Lunatic asylums Bombay report 1878-1890 - 1878-1890
Year: 1878
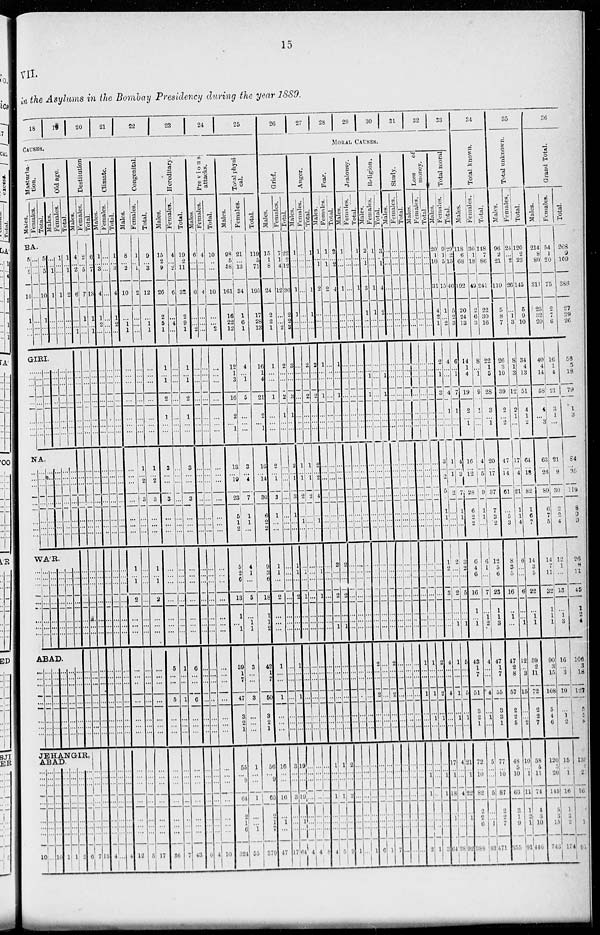
15
VII.
in the Asylums in the Bombay Presidency during the year 1889.
18 19
20
21
22
23
24
25
CAUSES.
Masterba-
tion.
Males.
Females.
Total.
Old age.
Males.
Females.
Total.
BA.
5
... 5
10
1
...
...
...
...
...
...
...
...
...
5
... 5
10
1
...
...
...
... 1
1
...
...
...
1
...
...
1
...
...
...
1
... 1
2
...
...
...
GIRI.
...
...
...
...
...
...
...
...
...
...
...
...
...
...
...
...
...
...
...
...
...
...
...
...
...
...
...
...
...
...
...
...
...
...
...
...
...
...
...
...
...
...
NA.
...
... ...
...
...
...
...
...
... ...
...
...
...
...
...
... ...
...
...
...
...
...
... ...
...
...
...
...
...
... ...
...
...
...
...
...
... ...
...
...
...
...
WA'R.
...
...
...
...
...
...
...
...
...
...
...
...
...
...
...
...
...
...
...
...
...
...
...
...
...
...
...
...
...
...
...
...
...
...
...
...
...
...
...
...
...
...
ABAD.
...
...
...
...
...
...
...
...
...
...
...
...
...
...
...
...
...
...
...
...
...
...
...
...
...
...
...
...
...
...
...
...
...
...
...
...
...
...
...
...
...
...
Destitution.
Males.
4
... 2
6
...
... 1
...
...
...
...
...
...
...
...
... ...
...
...
...
...
...
...
...
...
...
...
...
...
...
...
...
...
...
...
JEHANGIR
ABAD. ...
...
...
...
...
...
...
10
...
...
...
...
...
...
...
...
...
...
...
...
...
...
...
10
...
...
...
...
...
...
...
1
...
...
...
...
...
...
...
1
...
...
...
...
...
...
...
2
...
... ...
...
...
...
...
6
Females.
2
...
5
7
1
...
...
...
...
...
...
...
...
...
...
... ...
...
...
...
...
...
...
...
...
...
...
...
...
...
...
...
...
...
...
...
...
...
...
...
...
...
7
Total.
6
...
7
13
1
... 1
...
...
...
...
...
...
...
...
... ...
...
...
...
...
...
...
...
...
...
...
...
...
...
...
...
...
...
...
...
...
...
...
...
...
...
13
Climate.
Males.
1
...
3
4
1
2
...
...
...
...
...
...
...
...
...
... ...
...
...
...
...
...
...
...
...
...
... ...
...
...
...
...
...
...
...
...
...
...
...
...
...
...
4
Females.
...
...
...
...
...
...
...
...
...
...
...
...
...
...
...
... ...
...
...
...
...
...
...
...
...
...
...
...
...
...
...
...
...
...
...
...
...
...
...
...
...
...
...
Total.
1
... 3
4
1
2
...
...
...
...
...
...
...
...
...
... ...
...
...
...
...
...
...
...
...
...
...
...
...
...
...
...
...
...
...
...
...
...
...
...
...
...
4
Congenital.
Males.
8
... 2
10
...
1
1
...
...
...
...
...
...
...
...
...
...
...
...
...
...
1
...
1
2
...
...
...
...
...
...
...
...
...
...
...
...
...
...
...
...
...
12
Females.
1
... 1
2
...
...
...
...
...
...
...
...
...
...
1
... 2
3
...
...
...
...
...
...
...
...
...
...
...
...
...
...
...
...
...
...
...
...
...
...
...
...
5
Total.
9
... 3
12
...
1
1
...
...
...
...
...
...
...
1
... 2
3
...
...
...
1
...
1
2
...
...
...
...
...
...
...
...
...
...
...
...
...
...
...
...
...
17
Hereditary.
Males.
15
2
9
26
2
5
1
1
...
1
2
1
...
...
3
...
...
3
...
...
...
...
...
...
...
...
...
...
5
...
...
5
...
...
...
...
...
...
...
...
...
...
36
Females.
4
... 2
6
...
4
...
...
...
...
...
...
...
...
...
...
...
...
...
...
...
...
...
...
...
...
...
...
1
...
...
1
...
...
...
...
...
...
...
...
...
...
7
Total.
19
2
11
32
2
9
1
1
...
1
2
1
...
...
3
...
...
3
...
...
...
...
...
...
...
...
...
...
6
...
...
6
...
...
...
...
...
...
...
...
...
...
43
Previous
attacks.
Males.
6
...
...
6
...
...
2
...
...
...
...
...
...
...
...
...
...
...
...
...
...
...
...
...
...
...
...
...
...
...
...
...
...
...
...
...
...
...
...
...
...
...
6
Females.
4
...
...
4
...
...
...
...
...
...
...
...
...
...
...
...
...
...
...
...
...
...
...
...
...
...
...
...
...
...
...
...
...
...
...
...
...
...
...
...
...
...
4
Total.
10
... ...
10
...
...
2
...
...
...
...
...
...
...
...
...
...
...
...
...
...
...
...
...
...
...
...
...
...
...
...
...
...
...
...
...
...
...
...
...
...
10
Total physi-
cal.
Males.
98
5
58
161
16
22
12
12
1
3
16
2
...
1
13
...
19
23
5
1
2
5
2
6
13
1
...
1
39
1
7
47
3
2
1
55
...
9
64
2
1
6
324
Females.
21
...
13
34
1
6 1
4
...
1
5
...
...
...
3
... 4
7
1
1
...
4
1
...
5
...
1
1
3
...
...
3
...
...
...
1
...
...
1
...
...
1
55
Total.
119
5
71
195
17
28
13
16
1
4
21
2
...
1
16
... 14
30
6
2
2
9
3
6
18
1
1
2
42
1
7
50
3
2
1
56
...
9
65
2
1
7
379
26
27 28
29
30
31
32
33
MORAL
CAUSES.
Grief
Males.
15
1
8
24
2
2
1
1
...
...
1
...
...
...
2
... 1
3
1
...
...
1
1
...
2
...
...
...
1
...
...
1
...
...
...
16
...
...
16
...
1
...
47
Females.
7
1
4
12
...
...
2
2
...
...
2
1
...
...
...
...
...
...
...
...
...
...
...
...
...
...
...
...
...
...
...
...
...
...
...
3
...
...
3
...
...
...
17
Total.
22
2 12
36
2
2
3
3
...
...
3
1
...
...
2
... 1
3
1
...
...
1
1
...
2
...
...
...
1
...
...
1
...
...
...
19
...
19
...
1
...
64
Anger
Male.
1
...
...
1
1
...
...
...
...
...
...
...
...
...
1
... 1
2
...
1
...
...
1
...
1
...
...
...
...
...
...
...
...
...
...
...
...
...
...
...
...
4
Females.
...
...
...
...
...
...
...
2
...
...
2
...
...
...
1
... 1
2
...
...
...
...
...
...
...
...
...
...
...
...
...
...
...
...
...
...
...
...
...
...
...
...
4
Total.
1
...
...
1
1
...
...
2
...
...
2
...
...
...
2
... 2
4
...
1
...
...
1
...
1
...
...
...
...
...
...
...
...
... ...
...
...
...
...
...
...
...
8
Fear
Male
1
...
1
2
...
...
...
1
...
...
1
...
...
...
...
...
...
...
...
...
...
...
...
...
...
...
...
...
...
...
...
...
...
...
...
1
...
...
1
...
...
...
4
Females.
1
...
1
2
...
...
...
...
...
...
...
...
...
...
...
...
...
...
...
...
...
2
...
...
2
...
...
1
...
...
...
...
...
...
...
1
...
...
1
...
...
...
5
Total.
2
...
2
4
...
...
...
1
...
...
1
...
...
...
...
...
...
...
...
...
...
2
...
...
2
...
...
1
...
...
...
...
...
...
...
2
...
...
2
...
...
...
9
J eal ous y.
Males.
1
...
...
1
...
...
...
...
...
...
...
...
...
...
...
...
...
...
...
...
...
...
...
...
...
...
...
...
...
...
...
...
...
...
...
..
...
...
...
...
...
...
1
Females.
...
...
...
...
...
...
...
...
...
...
...
...
...
...
...
...
...
...
...
...
...
...
...
...
...
...
...
...
...
...
...
...
...
...
...
...
...
...
...
...
...
...
...
Total.
1
...
...
1
...
...
...
...
...
...
...
...
...
...
...
...
...
...
...
...
...
...
...
...
...
...
...
...
...
...
...
...
...
...
...
...
...
...
...
...
...
1
Religion.
Males.
2
...
1
3
1
...
...
...
...
1
1
...
...
...
...
...
...
...
...
...
...
...
...
...
...
...
...
...
2
...
...
2
...
...
...
...
...
...
...
...
...
...
6
Females.
1
...
...
1
1
...
...
...
...
...
...
...
...
...
...
...
...
...
...
...
...
...
...
...
...
...
...
...
...
...
...
...
...
...
...
...
...
...
...
...
...
1
Total.
3
...
1
4.
2.
...
...
...
...
1
1
...
...
...
...
...
...
...
...
...
...
...
...
...
...
...
...
...
2
...
...
2
...
...
...
...
...
...
...
...
...
...
7
Study.
Males.
...
...
...
...
...
...
...
...
...
...
...
...
...
...
...
...
...
...
...
...
...
...
...
...
...
...
...
...
...
...
...
...
...
...
...
...
...
...
...
...
...
...
...
Females.
...
...
...
...
...
...
...
...
...
...
...
...
...
...
...
...
...
...
...
...
...
...
...
...
...
...
...
...
...
...
...
...
...
...
...
...
...
...
...
...
...
...
...
Total.
...
...
...
...
...
...
...
...
...
...
...
...
...
...
...
...
...
...
...
...
...
...
...
...
...
...
...
...
...
...
...
...
...
...
...
...
...
...
...
...
...
...
Loss of
money.
Males.
...
...
...
...
...
...
...
...
...
...
...
...
...
...
...
...
...
...
...
...
...
...
...
...
...
...
...
...
1
...
...
1
...
...
...
...
...
1
1
...
...
...
2
Females.
...
...
...
...
...
...
...
...
...
...
...
...
...
...
...
...
...
...
...
...
...
...
...
...
...
...
...
...
1
...
...
1
...
1
...
...
...
...
...
...
...
...
1
Totals.
20
1
10
31
4
...
...
...
...
...
...
...
...
...
...
...
...
...
...
...
...
...
...
...
...
...
...
...
2
...
...
2
...
1
...
...
... 1
1
...
...
...
3
Total moral.
Males.
20
1
10
31
4
2
1
2
...
1
3
...
...
3
...
2
5
1
1
...
1
2
...
3
...
...
...
4
...
...
4
...
...
...
17
... 1
18
...
1
...
64
Females.
9
1
5
15
1
...
2
4
... ...
4
1
...
...
1
... 1
2
...
...
...
2
...
...
2
...
...
1
1
...
...
1
...
1
...
4
...
...
4
...
...
...
28
Total.
29
2
15
46
5
2
3
6
...
1
7
1
...
1
4
...
3
7
1
1
...
3
2
...
5
...
...
1
5
...
...
5
...
1
...
21
... 1
22
...
1
...
92
34
Tot al known.
Males.
118
6
68
192
20
24
13
14
1
4
19
2
...
1
16
... 12
28
6
2
2
6
4
6
16
1
...
1
43
1
7
51
3
2
1
72
... 10
82
2
2
6
388
Females.
30
1 18
49
2
6 3
8
...
1
9
1
...
...
4
... 5
9
1
1
...
6
1
...
7
...
1
2
4
...
...
4
...
1
...
5
...
...
5
...
...
1
83
Total.
148
7
86
241
22
30
16
22
1
5
28
3
... 1
20
... 17
37
7
3
2
12
5
6
23
1
1
3
47
1
7
55
3
3
1
77
... 10
87
2
2
7
471
35
Total unknown.
Males.
96
2 21
119
5
8
7
26
3
10
39
2
...
2
47
... 14
61
...
5
3
8
3
5
16
...
1
...
47
2
8
57
2
2
5
48
5
10
63
3
1
9
355
Females.
24
... 2
26
...
1
3
8
1
3
12
2
1
...
17
... 4
21
1
1
4
6
...
...
6
...
... 1
12
... 3
15
...
... 2
10
... 1
11
l
2
1
91
Total.
120
2
23
145
5
9
10
34
4
13
51
4
1
2
64
... 18
82
1
6
7
14
3
5
22
...
1
1
59
2
11
72
2
2
7
58
5
11
74
4
3
10
446
36
Grand Tot al .
Males.
214
8
89
311
25
32
20
40
4
14
58
4
... 3
63
... 26
89
6
7
5
14
7
11
32
1
1
1
90
3
15
108
5
4
6
120
5
20
145
5
3
15
743
Females.
54
1 20
75
2
7
6
16
1
4
21
3
1
...
21
... 9
30
2
2
4
12
1
...
13
...
1
3
16
... 3
19
...
1
2
15
... 1
16
1
2
2
174
Total.
268
9
109
386
27
39
26
56
5
18
79
1
1
3
84
... 35
119
8
9
9
26
8
11
45
1
2 4
106
3
18
127
5
5
8
135
5 21
161
6
5
17
917